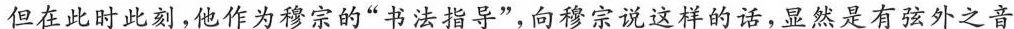
但在此时此刻，他作为穆宗的”书法指导”，向穆宗说这样的话，显然是有弦外之音